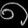
Digit: ၈